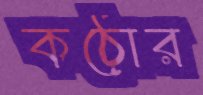
কঠোর